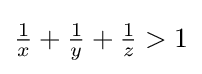
{\tfrac {1}{x}}+{\tfrac {1}{y}}+{\tfrac {1}{z}}>1